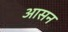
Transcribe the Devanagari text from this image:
अासन